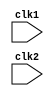
//MIPS32 Basic Implmentation 

module MIPS32 ( clk1, clk2 ) ; 

//Using two phase clock, for avoiding clashes and clock skews 
input clk1, clk2 ; 
//Register Bank 
reg [31:0] RegBank [31:0] ; //Register bank ( 32 X 32 ) 

//Memory - 1024 x 32 
reg [31:0] Mem [1023:0] ; 

//Declaring the opcodes for the various instructions 
parameter ADD = 6'b000000 , SUB = 6'b000001, AND = 6'b000010, 
	OR = 6'b000011, SLT = 6'b000100, MUL = 6'b000101, HLT = 6'b111111, 
	LW = 6'b001000, SW = 6'b001001, ADDI = 6'b001010, SUBI = 6'b001011, 
	SLTI = 6'b001100, BNEQZ = 6'b001101, BEQZ = 6'b001110 ; 
	

//Types of instructions 
parameter RR_ALU = 3'b000, RM_ALU = 3'b001, LOAD = 3'b010, 
		STORE = 3'b011, BRANCH = 3'b100, HALT = 3'b101 ; 
		
reg [2:0] ID_EX_type, EX_MEM_type, MEM_WB_type ; 
		
reg HALTED ; 
//Set after HLT instruction is completed - in WB stage 

reg TAKEN_BRANCH ; 
//Required to disable instructions after branch 


//Defining intermediate latches between Instruction Fetch stage 
//and Instruction Decode stage 

reg [31:0] PC, IF_ID_IR, IF_ID_NPC ; 
//PC- Program Counter 
//IR - Instruction Register 
//NPC - Next Program Counter 

//Defining intermediate latches between Instruction Decode stage and 
//Execute stage 
reg [31:0] ID_EX_IR, ID_EX_NPC, ID_EX_A, ID_EX_B, ID_EX_Imm ; 

//Defining intermediate latches between Execute Stage and Memory Stage 
reg [31:0] EX_MEM_IR, EX_MEM_ALUOut, EX_MEM_B ; 
reg EX_MEM_cond ; 

//Defining intermediate latches between Memory Stage and Write back stage 
reg [31:0] MEM_WB_IR, MEM_WB_ALUOut, MEM_WB_LMD ; 

//Instruction Fetch Stage --- Stage 1 

always @ ( posedge clk1 ) 

	if ( HALTED == 0 ) 
		begin 
			if(((EX_MEM_IR[31:26] == BEQZ) && (EX_MEM_cond == 1)) || ((EX_MEM_IR[31:26] == BNEQZ) && (EX_MEM_cond == 0))) 
				begin 
					IF_ID_IR <= Mem[EX_MEM_ALUOut] ; 
					TAKEN_BRANCH <= 1'b1 ; 
					IF_ID_NPC <= EX_MEM_ALUOut + 1 ; 
					PC <= EX_MEM_ALUOut + 1 ; 
				end 
		else 
			begin 
				IF_ID_IR <= Mem[PC] ; 
				IF_ID_NPC <= PC + 1 ; 
				PC <= PC + 1 ; 
			end 
		end 

//Instruction Decode Stage or Register Fetch stage --- Stage 2

always @ ( posedge clk2 ) 

	if(HALTED == 0 ) 
		begin 
			if(IF_ID_IR[25:21] == 5'b00000) 
				ID_EX_A <= 0 ; 
			else 
				ID_EX_A <= RegBank[IF_ID_IR[25:21]] ; //"rs" 
			
			if(IF_ID_IR[20:16] == 5'b00000) 
				ID_EX_B <= 0 ; 
			else 
				ID_EX_B <= RegBank[IF_ID_IR[20:16]] ; //"rt" 
			
			ID_EX_NPC <= IF_ID_NPC ; 
			ID_EX_IR <= IF_ID_IR ; 
			ID_EX_Imm <= { {16{IF_ID_IR[15]} } , {IF_ID_IR[15:0] }} ; 
			
		case (IF_ID_IR[31:26]) 
		
			ADD, SUB, AND, OR, SLT, MUL:  ID_EX_type <= RR_ALU ; 
			ADDI, SUBI, SLTI: 			  ID_EX_type <= RM_ALU ; 
			LW: 						  ID_EX_type <= LOAD   ;
			SW: 						  ID_EX_type <= STORE  ;	 
			BNEQZ, BEQZ: 				  ID_EX_type <= BRANCH ;
			HLT: 						  ID_EX_type <= HALT   ;
			default: 					  ID_EX_type <= HALT   ;	//In case of invalid opcode 
			
		endcase 
	end 

//Execution Stage or Effective Address Calculation --- Stage 3 

always @ (posedge clk1) 
	
	if(HALTED == 0) 
	begin 
	
		EX_MEM_type <= ID_EX_type ; 
		EX_MEM_IR <= ID_EX_IR ; 
		TAKEN_BRANCH <= 0 ; 
		
		case ( ID_EX_type) //Decoding the type of instruction format 
		
		RR_ALU: begin 	//Register to Register type instructions 
					case(ID_EX_IR[31:26]) // opcode for Register to Register ALU instructions 
						ADD: EX_MEM_ALUOut <= ID_EX_A + ID_EX_B ; 
						SUB: EX_MEM_ALUOut <= ID_EX_A - ID_EX_B ; 
						AND: EX_MEM_ALUOut <= ID_EX_A & ID_EX_B ; 
						OR : EX_MEM_ALUOut <= ID_EX_A | ID_EX_B ; 
						SLT: EX_MEM_ALUOut <= ID_EX_A < ID_EX_B ; 
						MUL: EX_MEM_ALUOut <= ID_EX_A * ID_EX_B ; 
						default: EX_MEM_ALUOut <= 32'hxxxxxxxx ; 
					endcase 
				end 
		RM_ALU: begin //Register to memory type instructions 
					case( ID_EX_IR[31:26]) // opcode for Register to Memory ALU isntructions 
						ADDI: EX_MEM_ALUOut <= ID_EX_A + ID_EX_Imm ; 
						SUBI: EX_MEM_ALUOut <= ID_EX_A - ID_EX_Imm ; 
						SLTI: EX_MEM_ALUOut <= ID_EX_A < ID_EX_Imm ; 
						default: EX_MEM_ALUOut <= 32'hxxxxxxxx ; 
					endcase 
				end 
		LOAD, STORE: begin //Load and store instructions 
						EX_MEM_ALUOut <= ID_EX_A + ID_EX_Imm ; 
						EX_MEM_B <= ID_EX_B ; 
					end 
		BRANCH: begin 
					EX_MEM_ALUOut <= ID_EX_NPC + ID_EX_Imm ; 
					EX_MEM_cond <= (ID_EX_A == 0 ) ; 
				end 
		endcase 
		
	end 
	

//Memory access stage or Branch Completion  --- Stage 4 

always @ (posedge clk2) 

	if(HALTED == 0 ) 
	
	begin 
		MEM_WB_type <= EX_MEM_type ; 
		MEM_WB_IR <= EX_MEM_IR ; 
		
		case (EX_MEM_type) 
		
			RR_ALU, RM_ALU: MEM_WB_ALUOut <= EX_MEM_ALUOut ; 
			
			LOAD		  : MEM_WB_LMD <= Mem[EX_MEM_ALUOut] ; 
			
			STORE         : if(TAKEN_BRANCH == 0 ) //Disabling Writing Function  
								Mem[EX_MEM_ALUOut] <= EX_MEM_B ; 
								
			default		  : MEM_WB_ALUOut <= 32'hxxxxxxxx ; 
			
		endcase 
		
	end 
	
//Write back Stage --- Stage 5

					
always @ (posedge clk1) 
	
	begin 
	
		if(TAKEN_BRANCH == 0) // Disable writing if branch is taken 
		
		case(MEM_WB_type)
		
		RR_ALU: RegBank[MEM_WB_IR[15:11]] <= MEM_WB_ALUOut ; // 'rd' 
		
		RM_ALU: RegBank[MEM_WB_IR[20:16]] <= MEM_WB_ALUOut ; // 'rt' 
		
		LOAD  : RegBank[MEM_WB_IR[20:16]] <= MEM_WB_LMD    ; // 'rt' in Load Instructions 
		
		HALT  : HALTED <= 1'b1 ;
		 
		endcase 
	
	end 


endmodule